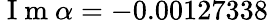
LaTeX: \mathrm{~I~m~}\alpha=-0.00127338